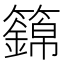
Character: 𥷏